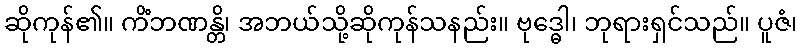
ဆိုကုန်၏။ ကိံဘဏန္တိ၊ အဘယ်သို့ဆိုကုန်သနည်း။ ဗုဒ္ဓေါ၊ ဘုရားရှင်သည်။ ပူဇံ၊